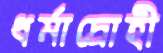
ধর্মাদ্রোহী